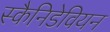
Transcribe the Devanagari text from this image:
स्कैनिडेवियन